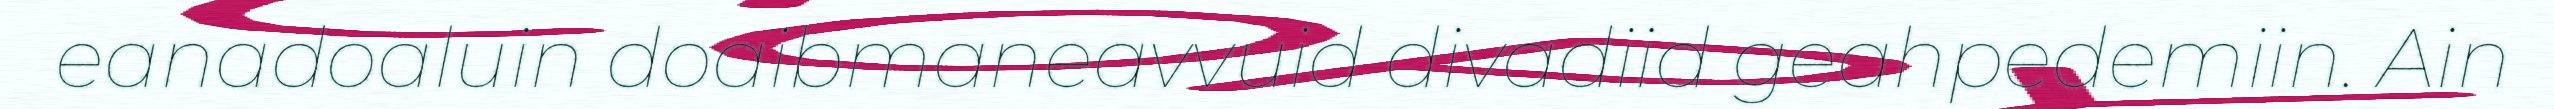
eanadoaluin doaibmaneavvuid divadiid geahpedemiin. Ain